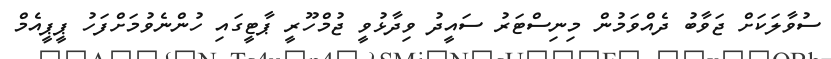
ސުވާލަކަށް ޖަވާބު ދެއްވަމުން މިނިސްޓަރު ސައީދު ވިދާޅުވީ ޖުމްހޫރީ ޕާޓީގައި ހުންނެވުމަށްފަހު ޕީޕީއެމް